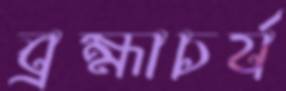
ব্রহ্মাচর্য